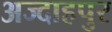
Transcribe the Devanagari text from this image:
अज्दाहपुर